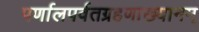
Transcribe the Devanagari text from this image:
पर्णालपर्वतग्रहणाख्यानम्